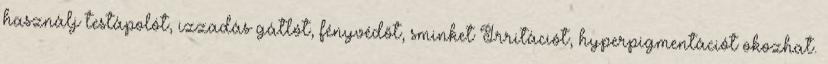
használj testápolót, izzadás gátlót, fényvédőt, sminket Irritációt, hyperpigmentációt okozhat.